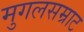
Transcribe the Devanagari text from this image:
मुगलसम्राट